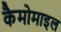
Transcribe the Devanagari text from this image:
कैमोमाइल